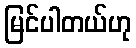
မြင်ပါတယ်ဟု